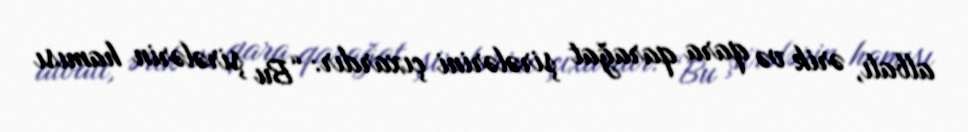
albalı, ərik və qara qarağat şirələrini çıxardır: “Bu şirələrin hamısı